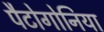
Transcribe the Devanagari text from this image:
पैटोगोनिया